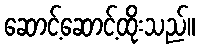
ဆောင့်ဆောင့်ထိုးသည်။